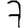
Digit: 7